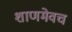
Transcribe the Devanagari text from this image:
शाणमेवच